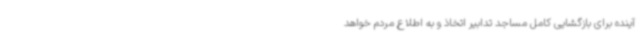
آینده برای بازگشایی کامل مساجد تدابیر اتخاذ و به اطلاع مردم خواهد